Vital statistics of India. Vol. IV, Annual returns from 1871 to 1876. British Army of India, Native Army and jails of Bengal
Year: 1871
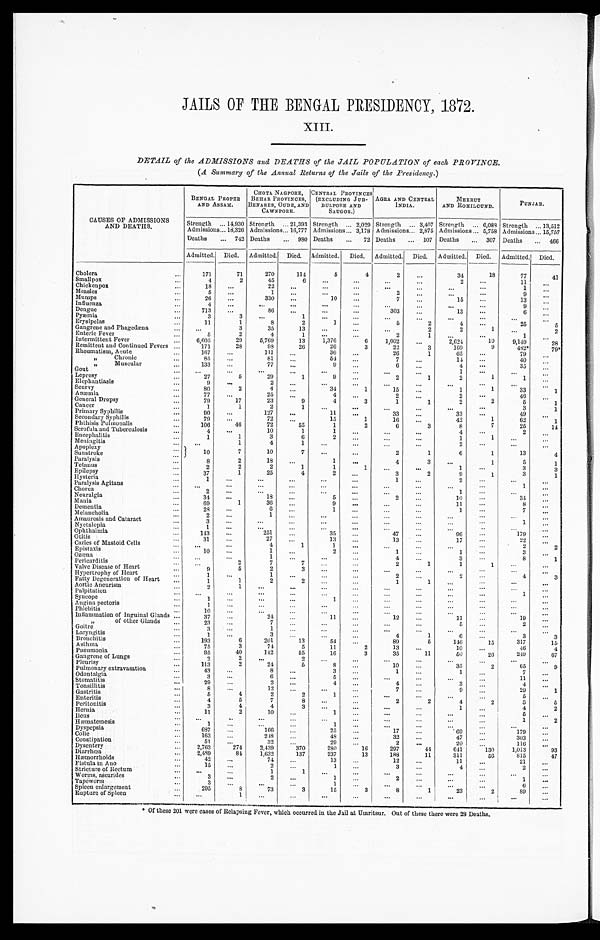
JAILS OF THE BENGAL PRESIDENCY, 1872.
XIII.
DETAIL of the ADMISSIONS and DEATHS of the JAIL POPULATION of each PROVINCE.
(A Summary of the Annual Returns of the Jails of the Presidency.)
CAUSES OF ADMISSIONS
AND DEATHS.
BENGAL PROPER
AND ASSAM.
CHOTA NAGPORE,
BEHAR PROVINNCES,
BENARES, OUDE, AND
CAWNPORE.
CENTRAL PROVINCES
(EXCLUDING JUB-
BULPORE AND
SAUGOR.)
AGRA AND CENTRAL
INDIA.
MEERUT
AND ROHILCUND.
PUNJAB.
Strength . . . 14,930 Strength . . . 21,393 Strength . . . 2,029 Strength . . . 3,407 Strength . . . 6,088 Strength . . . 13,512
Admissions . . . 18,326 Admissions . . . 16,777 Admissions . . . 3,178 Admissions . . . 2,875 Admissions . . . 5,758 Admissions . . . 15,757
Deaths . . .742
Deaths . . .
980 Deaths . . .
72 Deaths . . .
107 Deaths . . .
307 Deaths . . .
466
Admitted. Died.
Admitted. Died. Admitted.
Died.
Admitted. Died.
Admitted. Died.
Admitted. Died.
Cholera . . .
171
71
270
114
5
4
2
. . .
34
18
77
41
Smallpox . . .
4
2
45
6
. . .
. . .
. . .
. . .
2
. . .
11
. . .
Chickenpox . . .
18
. . .
22
. . .
. . .
. . .
. . .
. . .
. . .
. . .
1
. . .
Measles . . .
5
. . .
1
. . .
. . .
. . .
2
. . .
. . .
. . .
9
. . .
Mumps . . .
26
. . .
330
. . .
10
. . .
7
. . .
15
. . .
13
. . .
Influenza . . .
4
. . .
. . .
. . .
. . .
. . .
. . .
. . .
. . .
. . .
9
. . .
Dengue . . .
713
. . .
86
. . .
. . .
. . .
303
. . .
13
. . .
6
. . .
Pyæmia . . .
3
3
. . .
1
. . .
. . .
. . .
. . .
. . . . . .
. . .
. . .
Erysipelas . . .
11
1
8
2
1
. . .
5
2
4
. . .
25
5
Gangrene and Phagedæna . . .
. . .
3
35
13
. . .
. . .
. . .
2
2
1
. . .
2
Enteric Fever . . .
5
2
4
1
. . .
. . .
2
1
. . .
. . .
1
. . .
Intermittent Fever . . .
6,605
29
5,769
13
1,376
6
1,002
. . .
2 , 6 2 4
10
9 , 1 4 9
28
Remittent and Continued Fevers . . .
171
28
98
26
26
3
22
3
169
9
4 8 2 *
79*
Rheumatism, Acute . . .
167
. . .
111
. . .
36
. . .
26
1
65
. . .
79
. . .
" C h r o n i c
. . .
85
. . .
81
. . .
54
. . .
7
. . .
14
. . .
40
. . .
" Muscular . . .
133
. . .
77
. . .
9
. . .
6
. . .
4
. . .
35
. . .
Gout . . .
. . .
. . .
. . .
. . .
. . .
. . .
. . .
. . .
1
. . .
. . .
. . .
Leprosy . . .
27
5
29
1
9
. . .
2
1
2
1
1
. . .
Elephantiasis . . .
9
. . .
2
. . .
. . .
. . .
. . .
. . .
. . .
. . .
. . .
. . .
Scurvy . . .
80
2
4
. . .
34
1
15
. . .
1
1
33
1
Anæmia . . .
77
. . .
25
. . .
4
. . .
2
. . .
2
. . .
46
. . .
General Dropsy . . .
79
17
23
9
4
3
1
1
2
2
5
1
Cancer . . .
1
1
2
1
. . .
. . .
. . .
. . .
. . .
. . .
3
1
Primary Syphilis . . .
90
. . .
127
. . .
11
. . .
33
. . .
33
. . .
49
. . .
Secondary Syphilis . . .
79
. . .
72
. . .
15
1
16
. . .
42
1
62
1
Phthisis Pulmonalis . . .
106
46
72
55
1
2
6
3
8
7
25
14
Scrofula and Tuberculosis . . .
4
. . .
10
1
1
. . .
. . .
. . .
4
. . .
2
. . .
Encephalitis . . .
1
1
3
6
2
. . .
. . .
. . .
1
1
. . .
. . .
Meningitis . . .
. . .
1
4
1
. . .
. . .
. . .
. . .
2
. . .
. . .
. . .
Apoplexy . . .
1 0
7
10
7
. . .
. . .
2
1
6
1
13
4
S u n s t r o k e . . .
Paralysis . . .
8
2
18
. . .
1
. . .
4
3
. . .
1
5
1
Tetanus . . .
2
2
2
1
1
1
. . .
. . .
1
. . .
3
3
Epilepsy . . .
3 7
1
25
4
2
. . .
3
2
9
1
3
1
Hysteria . . .
1
. . .
. . .
. . .
. . .
. . .
1
. . .
2 . . .
. . .
. . .
Paralysis Agitaus . . .
. . .
. . .
. . .
. . .
. . .
. . .
. . .
. . .
. . .
. . .
1
. . .
Chorea . . .
2
. . .
. . .
. . .
. . .
. . .
. . .
. . .
1 . . .
. . .
. . .
Neuralgia . . .
34
. . .
18
. . .
5
. . .
2
. . .
10
. . .
34
. . .
Mania . . .
6 9
1
36
. . .
9
. . .
. . .
. . .
11
. . .
8
. . .
Dementia . . .
2 8
. . .
6
. . .
1 . . .
. . .
. . .
1
. . .
7
. . .
Melancholia . . .
2
. . .
1
. . .
. . .
. . .
. . .
. . .
. . .
. . .
. . .
. . .
Amaurosis and Cataract . . .
3
. . .
. . .
. . .
. . .
. . .
. . .
. . .
. . .
. . .
1
. . .
Nyctalopia . . .
1
. . .
. . .
. . .
. . .
. . .
. . .
. . .
. . .
. . .
. . .
. . .
Ophthalmia . . .
143
. . .
251 . . .
35
. . .
47
. . .
96
. . .
179
. . .
Otitis . . .
31
. . .
27
. . .
13 . . .
13
. . .
17
. . .
22
. . .
Caries of Mastoid Cells . . .
. . .
. . .
4
1
1
. . .
. . .
. . .
. . . . . .
2
2
Epistaxis . . .
10
. . .
1
. . .
2
. . .
1
. . .
1
. . .
3
. . .
Ozœna . . .
. . .
. . .
1
. . .
. . .
. . .
4
. . .
3
. . .
8
1
Pericarditis . . .
. . .
2
7
7
. . . . . .
2
1
1
1
. . .
. . .
Valve Disease of Heart . . .
9
5
2
3
. . .
. . .
. . .
. . .
. . .
. . .
. . .
. . .
Hypertrophy of Heart . . .
1
. . .
1
. . .
. . .
. . .
2 . . .
2 . . .
4
3
Fatty Degeneration of Heart . . .
1
1
2
2
. . .
. . .
1
1
. . . . . .
. . .
. . .
Aortic Aneurism . . .
2
1
. . .
. . .
. . .
. . .
. . .
. . .
. . .
. . .
. . .
. . .
Palpitation . . .
. . .
. . .
. . . . . .
. . .. . .
. . .
. . .
. . .
. . .
1
. . .
Syncope . . .
1
. . .
. . .
. . .
1 . . .
. . .
. . .
. . . . . .
. . .
. . .
Angina pectoris . . .
1
. . .
. . .
. . .
. . . . . .
. . .
. . .
. . .
. . .
. . .
. . .
Phlebitis . . .
10
. . .
. . .
. . .
. . .
. . .
. . .
. . .
. . .
. . .
. . .
. . .
Inflammation of Inguinal Glands . . .
37
. . .
24
. . .
11 . . .
12
. . .
11 . . .
19
. . .
" of other Glands . . .
23
. . .
7
. . .
. . .
. . .
. . .
. . .
5
. . .
2
. . .
Goitre . . .
3
. . .
1 . . .
. . .
. . .
. . .
. . .
. . .
. . .
. . .
. . .
Laryngitis . . .
1
. . .
3 . . .
. . .
. . .
4
1
6
. . .
3
3
Bronchitis . . .
193
6
201
13
54
. . .
89
5
146
15
317
15
Asthma . . .
7 5
3
74
5
11
2
13
. . .
10
. . .
46
4
Pneumonia . . .
95
40
142
55
16
3
35
11
50
26
249
67
Gangrene of Lungs . . .
2
2
. . .
2
. . .
. . .
. . .
. . .
. . .
. . .
. . .
. . .
Pleurisy . . .
113
2
24
5
8 . . .
10
. . .
35
2
65
9
Pulmonary extravasation . . .
43
. . .
8
. . .
3
. . .
1 . . .
1
. . .
7
. . .
Odontalgia . . .
3
. . .
6
. . .
5 . . .
. . .
. . .
. . .
. . .
11
. . .
Stomatitis . . .
29
. . .
2
. . .
4
. . .
4
. . .
3
. . .
4
. . .
Tonsillitis . . .
8
. . .
1 2
. . .
. . .
. . .
7 . . .
9
. . .
29
1
Gastritis . . .
5
4
2
2
1
. . .
. . .
. . .
. . .
. . .
5
. . .
Enteritis . . .
4
5
7
8
. . . . . .
2 2
4
2
3
5
Peritonitis . . .
3
4
4
3
. . .
. . .
. . . . . .
1
. . .
4
2
Hernia . . .
1 1
2
10
. . .
1 . . .
. . . . . .
. . .
. . .
5
. . .
Heus . . .
. . .
. . .
. . .
. . .
. . .
. . .
. . .
. . .
. . .
. . .
1
2
Hæmatemesis . . .
1
. . .
. . .
. . .
1
. . .
. . .
. . .
. . .
. . .
. . .
. . .
Dyspepsia . . .
6 8 7
. . .
166
. . .
25
. . .
17
. . .
69
. . .
179
. . .
Colic . . .
163
. . .
248
. . .
48
. . .
32
. . .
47
. . .
303
. . .
Constipation . . .
51
. . .
32
. . .
29
. . .
2
. . .
20
. . .
116
. . .
Dysentery . . .
2,763
274
2,439
370
280
16
297
44
641
130
1,013
93
Diarrhœa . . .
2,489
84
1,632
137
237
13
188
11
311
56
815
47
Hæmorrhoids . . .
42
. . .
74
. . .
13
. . .
12
. . .
11
. . .
21
. . .
Fistula in Ano . . .
15
. . .
2 . . .
1
. . .
3
. . .
4
. . .
2
. . .
Stricture of Rectum . . .
. . .
. . .
1 1
. . .
. . .
. . .
. . .
. . . . . .
. . .
. . .
Worms, ascarides . . .
3
. . .
2
. . .
1
. . .
2
. . .
. . . . . .
1
. . .
Tapeworm . . .
3
. . .
. . .
. . .
1
. . .
. . .
. . .
. . .
. . .
6
. . .
Spleen enlargement . . .
295
8
73
3
15
3
8
1
23
2
89
. . .
Rupture of Spleen . . .
. . .
1
. . .
. . .
. . .
. . .
. . .
. . .
. . .
. . .
. . .
. . .
* Of these 201 were cases of Relapsing Fever, which occurred in the Jail at Umritsur. Out of these there were 23 Deaths.